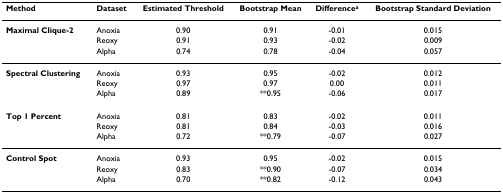
<table><thead><tr><td><b>Method</b></td><td><b>Dataset</b></td><td><b>Estimated Threshold</b></td><td><b>Bootstrap Mean</b></td><td><b>Difference<sup>a</sup></b></td><td><b>Bootstrap Standard Deviation</b></td></tr></thead><tbody><tr><td><b>Maximal Clique-2</b></td><td>Anoxia</td><td>0.90</td><td>0.91</td><td>-0.01</td><td>0.015</td></tr><tr><td></td><td>Reoxy</td><td>0.91</td><td>0.93</td><td>-0.02</td><td>0.009</td></tr><tr><td></td><td>Alpha</td><td>0.74</td><td>0.78</td><td>-0.04</td><td>0.057</td></tr><tr><td><b>Spectral Clustering</b></td><td>Anoxia</td><td>0.93</td><td>0.95</td><td>-0.02</td><td>0.012</td></tr><tr><td></td><td>Reoxy</td><td>0.97</td><td>0.97</td><td>0.00</td><td>0.011</td></tr><tr><td></td><td>Alpha</td><td>0.89</td><td>**0.95</td><td>-0.06</td><td>0.017</td></tr><tr><td><b>Top 1 Percent</b></td><td>Anoxia</td><td>0.81</td><td>0.83</td><td>-0.02</td><td>0.011</td></tr><tr><td></td><td>Reoxy</td><td>0.81</td><td>0.84</td><td>-0.03</td><td>0.016</td></tr><tr><td></td><td>Alpha</td><td>0.72</td><td>**0.79</td><td>-0.07</td><td>0.027</td></tr><tr><td><b>Control Spot</b></td><td>Anoxia</td><td>0.93</td><td>0.95</td><td>-0.02</td><td>0.015</td></tr><tr><td></td><td>Reoxy</td><td>0.83</td><td>**0.90</td><td>-0.07</td><td>0.034</td></tr><tr><td></td><td>Alpha</td><td>0.70</td><td>**0.82</td><td>-0.12</td><td>0.043</td></tr></tbody></table>